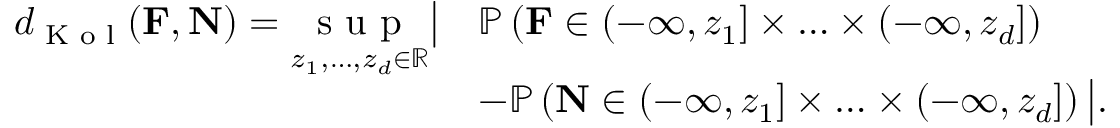
\begin{array} { r l } { d _ { \textup { K o l } } ( \mathbf { F } , \mathbf { N } ) = \underset { z _ { 1 } , \ldots , z _ { d } \in \mathbb { R } } { \textup { s u p } } \big | } & { \mathbb { P } \left( \mathbf { F } \in ( - \infty , z _ { 1 } ] \times \ldots \times ( - \infty , z _ { d } ] \right) } \\ & { - \mathbb { P } \left( \mathbf { N } \in ( - \infty , z _ { 1 } ] \times \ldots \times ( - \infty , z _ { d } ] \right) \big | . } \end{array}